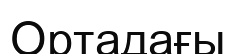
Ортадағы